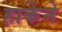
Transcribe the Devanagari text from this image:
हाकेने